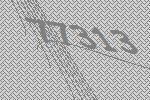
77313